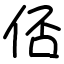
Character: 俖